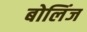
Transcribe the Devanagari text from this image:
बोलिंज